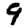
Digit: 9